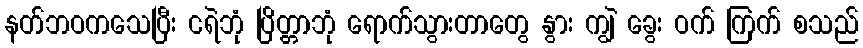
နတ်ဘဝကသေပြီး ငရဲဘုံ ပြိတ္တာဘုံ ရောက်သွားတာတွေ နွား ကျွဲ ခွေး ဝက် ကြက် စသည်